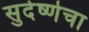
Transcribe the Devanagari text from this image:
सुदेष्णेचा